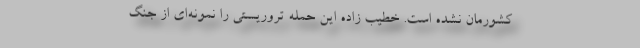
کشورمان نشده است. خطیب زاده این حمله تروریستی را نمونه‌ای از جنگ